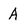
Character: A